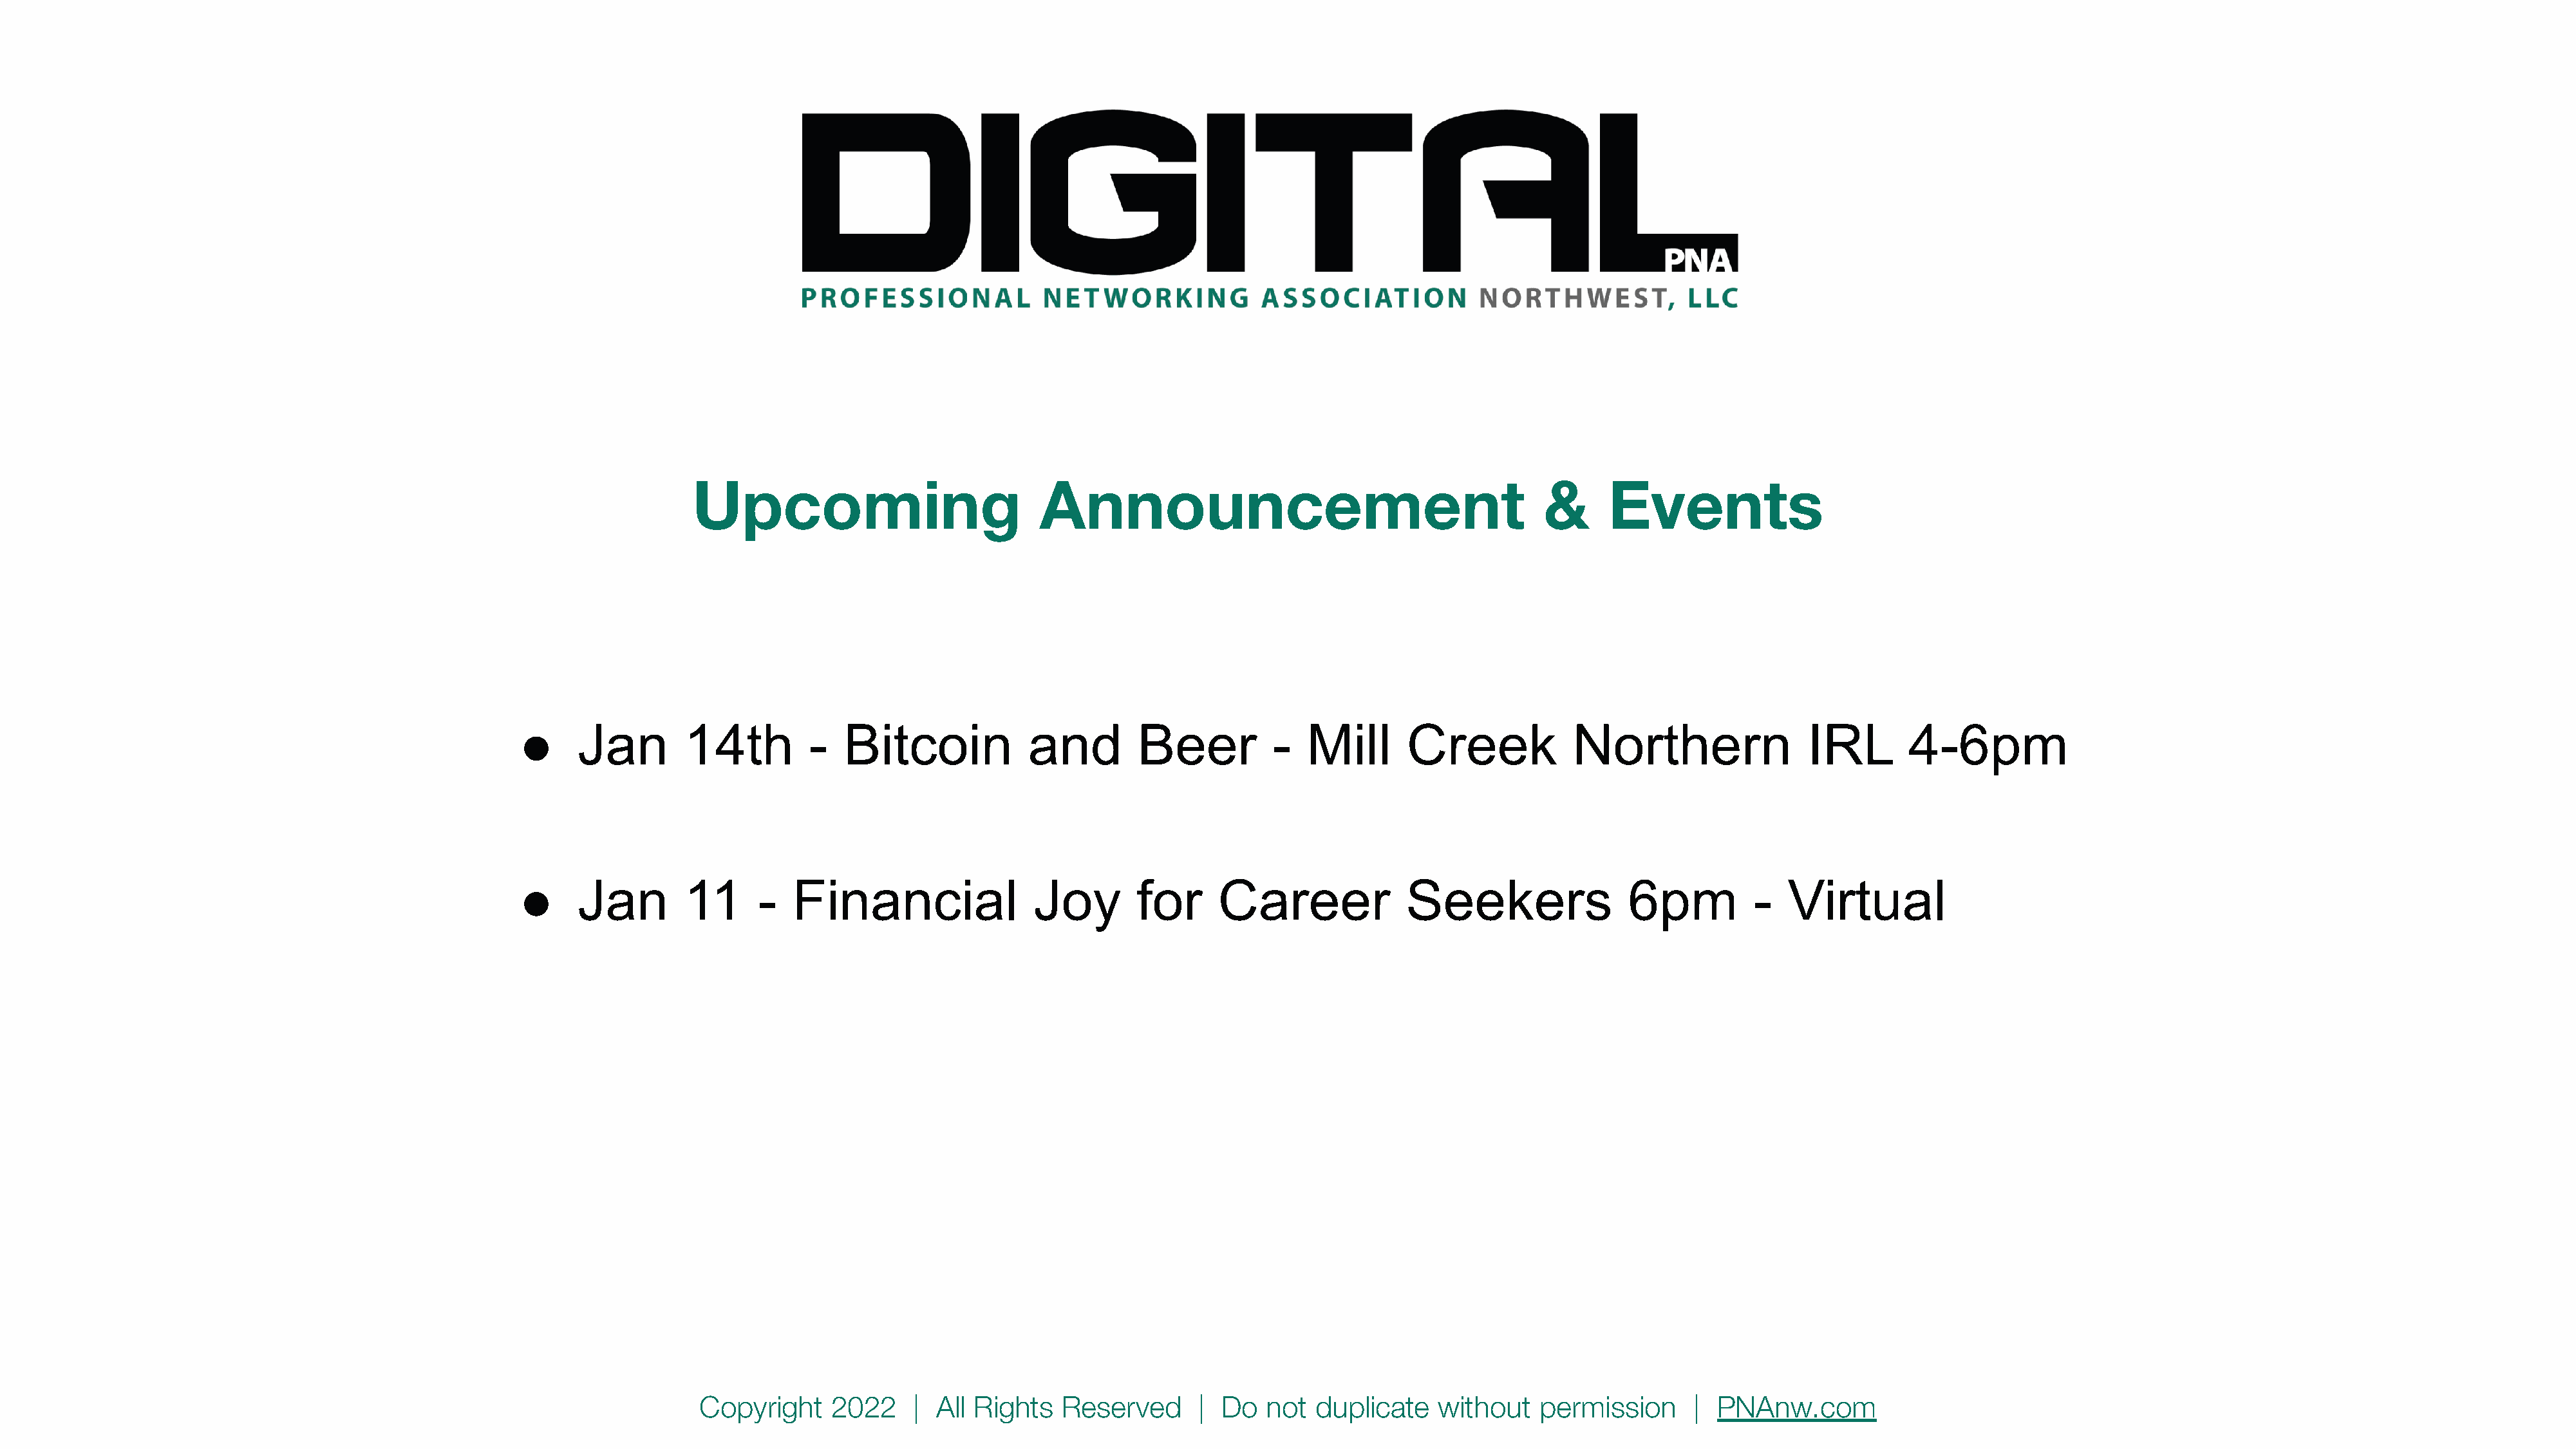
Upcoming                            Announcement                                        &     Events
 ●     Jan        14th         -   Bitcoin            and        Beer          -  Mill       Creek            Northern                IRL       4-6pm
 ●     Jan        11      -  Financial                Joy        for     Career              Seekers               6pm          -   Virtual
 Copyright    2022     | All Rights   Reserved      |  Do  not  duplicate    without   permission      |  PNAnw.com